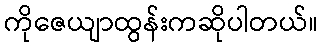
ကိုဇေယျာထွန်းကဆိုပါတယ်။